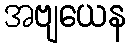
အဗျယေန